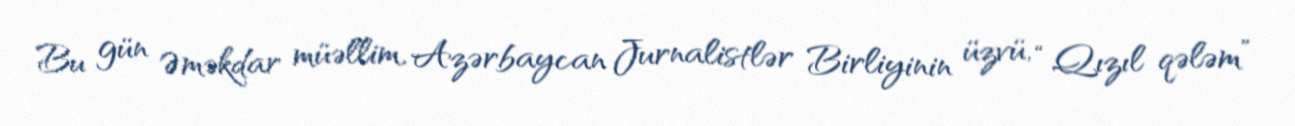
Bu gün Əməkdar müəllim, Azərbaycan Jurnalistlər Birliyinin üzvü, “Qızıl qələm”